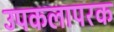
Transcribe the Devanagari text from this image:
उपकलापरक